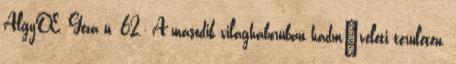
AlgyŒ, Géza u. 62.; A második világháborúban hadmıveleti területen,